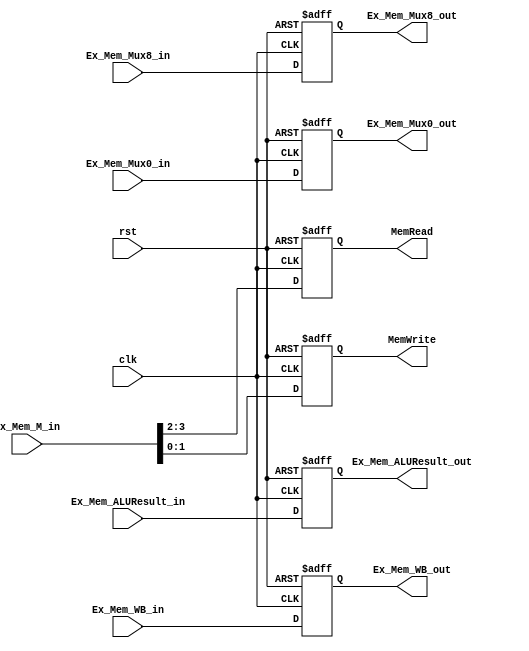
module EX_MEM(	MemRead, MemWrite, Ex_Mem_WB_out, 
		Ex_Mem_ALUResult_out, Ex_Mem_Mux8_out, Ex_Mem_Mux0_out, 
		Ex_Mem_WB_in, Ex_Mem_M_in, 
		Ex_Mem_ALUResult_in, Ex_Mem_Mux8_in, Ex_Mem_Mux0_in, rst,clk);

input	rst;
input 	clk;
input	[1:0]	Ex_Mem_WB_in;
input	[3:0]	Ex_Mem_M_in;
input	[31:0]	Ex_Mem_ALUResult_in;
input	[31:0]	Ex_Mem_Mux8_in;
input	[4:0]	Ex_Mem_Mux0_in;

output	[1:0]	MemRead;
output	[1:0]	MemWrite;
output	[1:0]	Ex_Mem_WB_out;
output	[31:0]	Ex_Mem_ALUResult_out;
output	[31:0]	Ex_Mem_Mux8_out;
output	[4:0]	Ex_Mem_Mux0_out;

reg	[1:0]	MemRead;
reg	[1:0]	MemWrite;
reg	[1:0]	Ex_Mem_WB_out;
reg	[31:0]	Ex_Mem_ALUResult_out;
reg	[31:0]	Ex_Mem_Mux8_out;
reg	[4:0]	Ex_Mem_Mux0_out;

always@(posedge clk or posedge rst)begin
	if(rst)begin
 		MemRead = 0;
		MemWrite = 0;
		Ex_Mem_WB_out = 0;
		Ex_Mem_ALUResult_out = 0;
		Ex_Mem_Mux8_out = 0;
		Ex_Mem_Mux0_out = 0;
	end
	else begin
		MemRead = Ex_Mem_M_in[3:2];
		MemWrite = Ex_Mem_M_in[1:0];
		Ex_Mem_WB_out = Ex_Mem_WB_in;
		Ex_Mem_ALUResult_out = Ex_Mem_ALUResult_in;
		Ex_Mem_Mux8_out = Ex_Mem_Mux8_in;
		Ex_Mem_Mux0_out = Ex_Mem_Mux0_in;
	end
end

endmodule